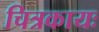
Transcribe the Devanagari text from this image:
चित्रकायः